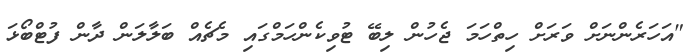
"އަހަރެންނަށް ވަރަށް ހިތްހަމަ ޖެހުން ލިބޭ ޓުވިކެންހަމްގައި މެޗެއް ބަލާލަން ދާން ފުޓްބޯޅަ